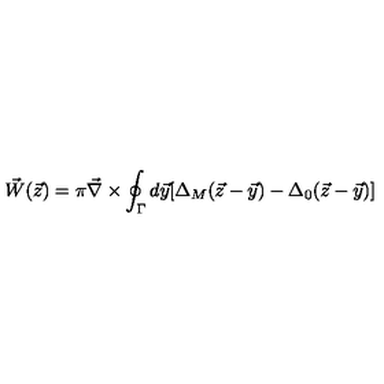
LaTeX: \vec { W } ( \vec { z } ) = \pi \vec { \nabla } \times \oint _ { \Gamma } d \vec { y } [ \Delta _ { M } ( \vec { z } - \vec { y } ) - \Delta _ { 0 } ( \vec { z } - \vec { y } ) ]